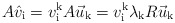
\begin{align*}A \hat v_{\mathrm{i}} = v^{\mathrm{k}}_{\mathrm{i}} A \vec u_{\mathrm{k}}= v^{\mathrm{k}}_{\mathrm{i}} \lambda_{\mathrm{k}} R \vec u_{\mathrm{k}}\end{align*}